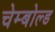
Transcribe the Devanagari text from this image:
चेम्बोल्ड